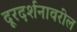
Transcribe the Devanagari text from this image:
दूरदर्शनावरील